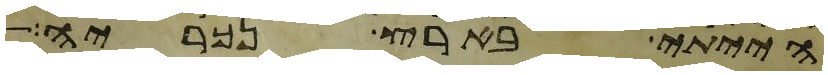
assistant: הייתי בארץ נכריה